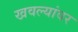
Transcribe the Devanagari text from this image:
खवल्यांवर